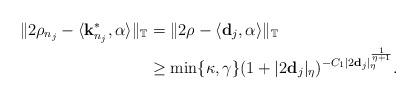
LaTeX: \begin{align*}\|2\rho_{n_{j}}-\langle {\bf k}^{*}_{n_{j}},\alpha \rangle\|_{\mathbb{T}} &= \|2\rho -\langle {\bf d}_j,\alpha \rangle\|_{\mathbb{T}}\\& \geq \min\{\kappa,\gamma\} (1+|2{\bf d}_j|_{\eta})^{-C_{1}|2{\bf d}_j|_{\eta}^{\frac{1}{\eta+1}}}.\end{align*}